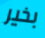
بخير